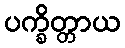
ပက္ခိတ္တာယ